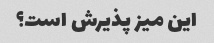
این میز پذیرش است؟